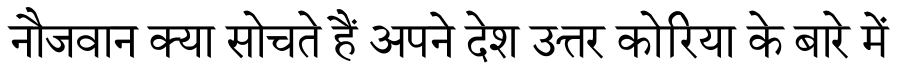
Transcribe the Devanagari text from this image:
नौजवान क्या सोचते हैं अपने देश उत्तर कोरिया के बारे में